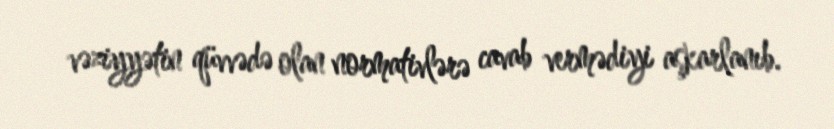
vəziyyətin qüvvədə olan normativlərə cavab vermədiyi aşkarlanıb.